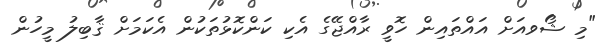
"މި ޝޯވއަށް އައްތައިން ހޮވީ ރާއްޖޭގެ އެކި ކަންކޮޅުތަކުން އެކަމަށް ޤާބިލު މީހުން